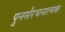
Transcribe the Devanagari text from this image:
पुनर्संरचनात्मक